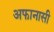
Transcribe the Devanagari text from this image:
अफानासी